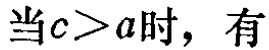
当\(c > a\)时，有